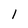
Character: 1